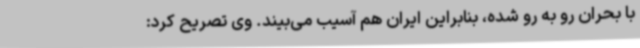
با بحران رو به رو شده، بنابراین ایران هم آسیب می‌بیند. وی تصریح کرد: